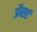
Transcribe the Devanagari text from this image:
ॲब्सर्ड